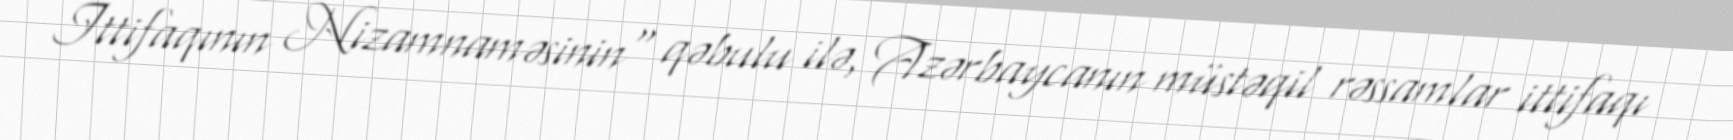
İttifaqının Nizamnaməsinin" qəbulu ilə, Azərbaycanın müstəqil rəssamlar ittifaqı